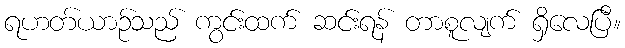
ရဟတ်ယာဉ်သည် ကွင်းထက် ဆင်းရန် တာစူလျက် ရှိလေပြီ။